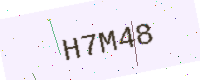
Text: H7M48